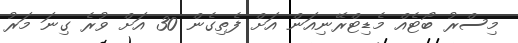
މިސްރު ބޯޓެއް މެޑިޓްރޭނިއަން އަށް ފެތިގެން 30 އަށް ވުރެ ގިނަ މަރު